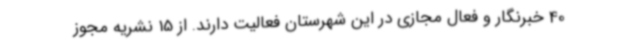
40 خبرنگار و فعال مجازی در این شهرستان فعالیت دارند. از 15 نشریه مجوز